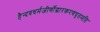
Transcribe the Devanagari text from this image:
हैन्दवधर्मजीर्णोद्धारकरणघृतमति